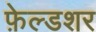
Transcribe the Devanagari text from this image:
फ़ेल्डशर